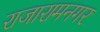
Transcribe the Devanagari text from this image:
राजारामनगर